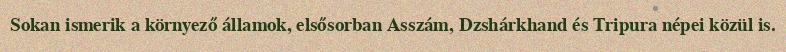
Sokan ismerik a környező államok, elsősorban Asszám, Dzshárkhand és Tripura népei közül is.